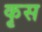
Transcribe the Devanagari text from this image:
कृस